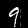
Label: 9